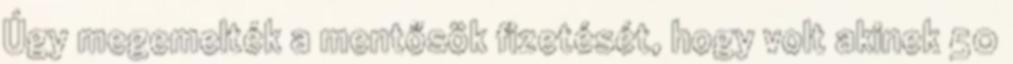
Úgy megemelték a mentősök fizetését, hogy volt akinek 50